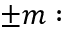
\pm m :